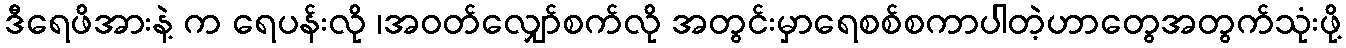
ဒီရေဖိအားနဲ့ က ရေပန်းလို ၊အဝတ်လျှော်စက်လို အတွင်းမှာရေစစ်စကာပါတဲ့ဟာတွေအတွက်သုံးဖို့